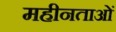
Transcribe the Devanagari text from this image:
महीनताओं